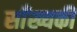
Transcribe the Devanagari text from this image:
साँख्यकी